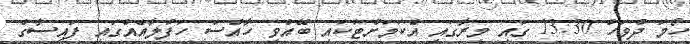
ހޯމަ ދުވަހު 13:30 ގައި މީރާގައި އެކަމަށްޓަކައި ބޭއްވި ހާއްސަ ހަފުލާއެއްގައި ފައިސާގެ